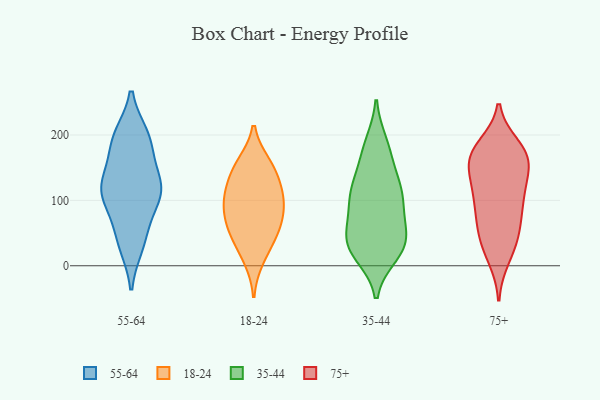
{"axis": {"x": "Website Visitors", "y": "Value"}, "legend": ["18-24", "35-44", "55-64", "75+"], "data": [{"x": "", "y": 189, "type": "55-64"}, {"x": "", "y": 118, "type": "55-64"}, {"x": "", "y": 135, "type": "55-64"}, {"x": "", "y": 131, "type": "55-64"}, {"x": "", "y": 197, "type": "55-64"}, {"x": "", "y": 108, "type": "55-64"}, {"x": "", "y": 56, "type": "55-64"}, {"x": "", "y": 33, "type": "55-64"}, {"x": "", "y": 112, "type": "55-64"}, {"x": "", "y": 104, "type": "55-64"}, {"x": "", "y": 186, "type": "55-64"}, {"x": "", "y": 37, "type": "55-64"}, {"x": "", "y": 112, "type": "55-64"}, {"x": "", "y": 196, "type": "55-64"}, {"x": "", "y": 155, "type": "18-24"}, {"x": "", "y": 57, "type": "18-24"}, {"x": "", "y": 11, "type": "18-24"}, {"x": "", "y": 147, "type": "18-24"}, {"x": "", "y": 106, "type": "18-24"}, {"x": "", "y": 104, "type": "18-24"}, {"x": "", "y": 37, "type": "18-24"}, {"x": "", "y": 146, "type": "18-24"}, {"x": "", "y": 92, "type": "18-24"}, {"x": "", "y": 70, "type": "18-24"}, {"x": "", "y": 58, "type": "18-24"}, {"x": "", "y": 108, "type": "18-24"}, {"x": "", "y": 96, "type": "35-44"}, {"x": "", "y": 29, "type": "35-44"}, {"x": "", "y": 30, "type": "35-44"}, {"x": "", "y": 97, "type": "35-44"}, {"x": "", "y": 33, "type": "35-44"}, {"x": "", "y": 179, "type": "35-44"}, {"x": "", "y": 17, "type": "35-44"}, {"x": "", "y": 44, "type": "35-44"}, {"x": "", "y": 187, "type": "35-44"}, {"x": "", "y": 111, "type": "35-44"}, {"x": "", "y": 126, "type": "35-44"}, {"x": "", "y": 124, "type": "35-44"}, {"x": "", "y": 48, "type": "35-44"}, {"x": "", "y": 168, "type": "35-44"}, {"x": "", "y": 81, "type": "35-44"}, {"x": "", "y": 56, "type": "35-44"}, {"x": "", "y": 20, "type": "35-44"}, {"x": "", "y": 119, "type": "35-44"}, {"x": "", "y": 53, "type": "75+"}, {"x": "", "y": 96, "type": "75+"}, {"x": "", "y": 41, "type": "75+"}, {"x": "", "y": 124, "type": "75+"}, {"x": "", "y": 62, "type": "75+"}, {"x": "", "y": 170, "type": "75+"}, {"x": "", "y": 26, "type": "75+"}, {"x": "", "y": 125, "type": "75+"}, {"x": "", "y": 13, "type": "75+"}, {"x": "", "y": 166, "type": "75+"}, {"x": "", "y": 115, "type": "75+"}, {"x": "", "y": 167, "type": "75+"}, {"x": "", "y": 100, "type": "75+"}, {"x": "", "y": 77, "type": "75+"}, {"x": "", "y": 163, "type": "75+"}, {"x": "", "y": 181, "type": "75+"}, {"x": "", "y": 164, "type": "75+"}, {"x": "", "y": 166, "type": "75+"}]}